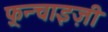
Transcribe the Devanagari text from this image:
फ़्रन्चाइज़ी